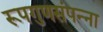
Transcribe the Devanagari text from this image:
रूपगुणसंपन्ना